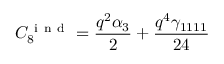
C _ { 8 } ^ { \mathrm { ~ i ~ n ~ d ~ } } = \frac { q ^ { 2 } \alpha _ { 3 } } { 2 } + \frac { q ^ { 4 } \gamma _ { 1 1 1 1 } } { 2 4 }